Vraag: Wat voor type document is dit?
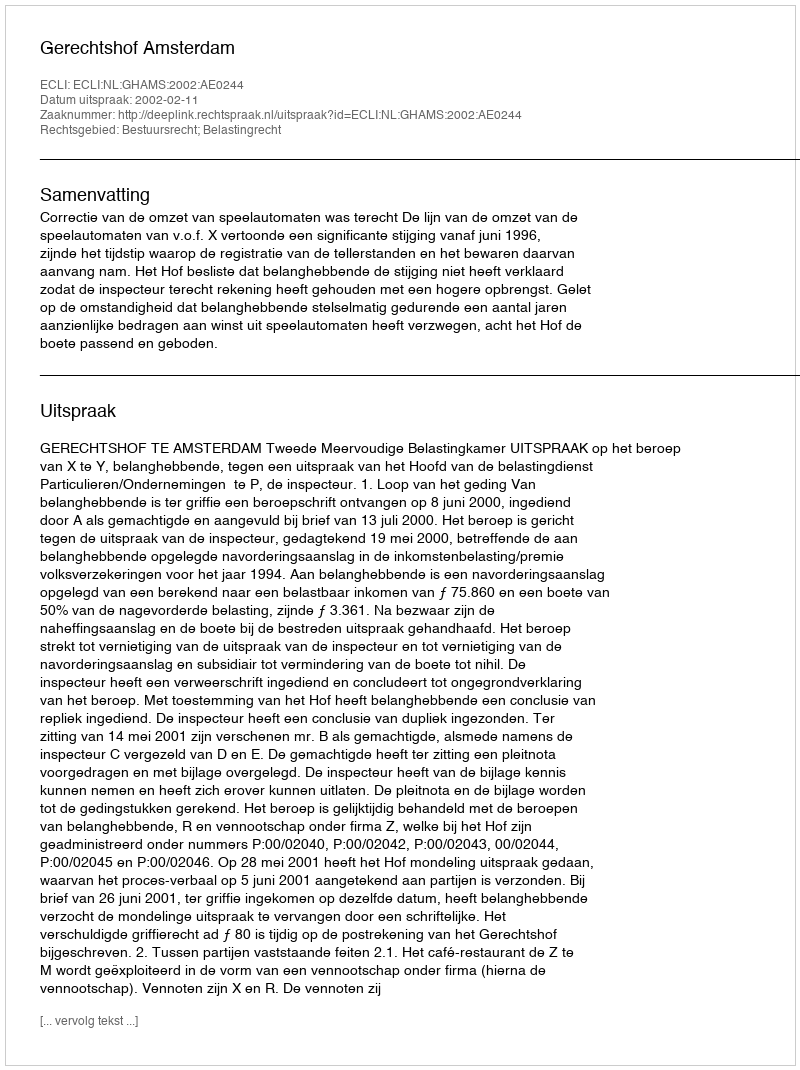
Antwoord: Uitspraak